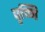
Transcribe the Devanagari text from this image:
पृष्णि